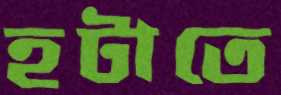
হটাতে